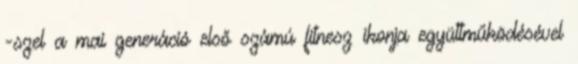
-szel a mai generáció első számú fitnesz ikonja együttműködésével